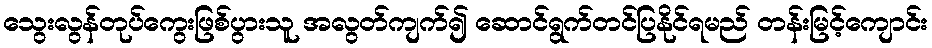
သွေးလွန်တုပ်ကွေးဖြစ်ပွားသူ အလွတ်ကျက်၍ ဆောင်ရွက်တင်ပြနိုင်ရမည် တန်းမြင့်ကျောင်း